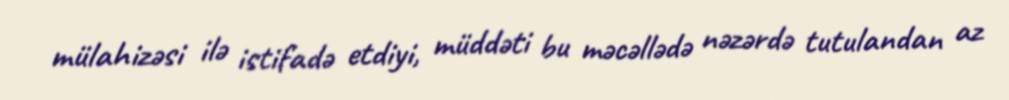
mülahizəsi ilə istifadə etdiyi, müddəti bu məcəllədə nəzərdə tutulandan az